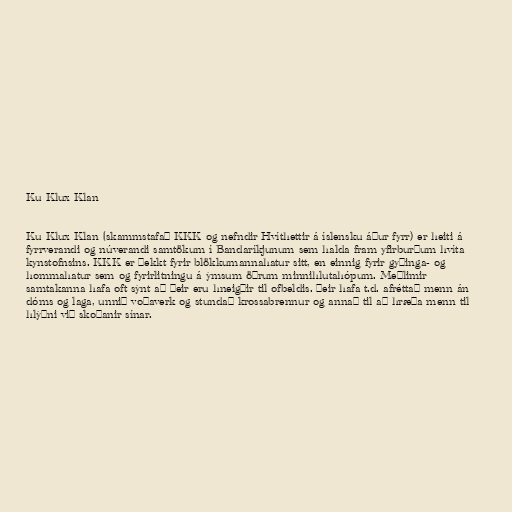
Ku Klux Klan

Ku Klux Klan (skammstafað KKK og nefndir Hvíthettir á íslensku áður fyrr) er heiti á
fyrrverandi og núverandi samtökum í Bandaríkjunum sem halda fram yfirburðum hvíta
kynstofnsins. KKK er þekkt fyrir blökkumannahatur sitt, en einnig fyrir gyðinga- og
hommahatur sem og fyrirlitningu á ýmsum öðrum minnihlutahópum. Meðlimir
samtakanna hafa oft sýnt að þeir eru hneigðir til ofbeldis. Þeir hafa t.d. afréttað menn án
dóms og laga, unnið voðaverk og stundað krossabrennur og annað til að hræða menn til
hlýðni við skoðanir sínar.